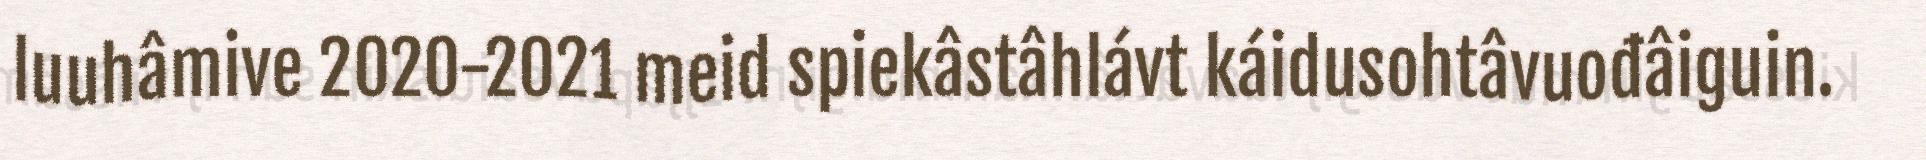
luuhâmive 2020-2021 meid spiekâstâhlávt káidusohtâvuođâiguin.